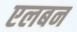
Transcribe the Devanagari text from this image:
एलबन